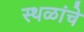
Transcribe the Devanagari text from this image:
स्‍थळांचे